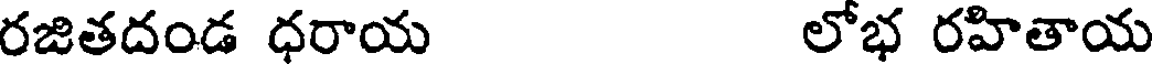
రజితదండ ధరాయ లోభ రహితాయ